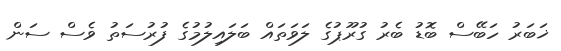
ޚަބަރު ހަބޭސް ބޮޑު ބެރު ގުރޫޕުގެ ލަވަތައް ބަލައިލުމުގެ ފުރުސަތު ވެސް ސަން